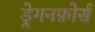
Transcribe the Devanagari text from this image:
ड्रेगनफ़ोर्स